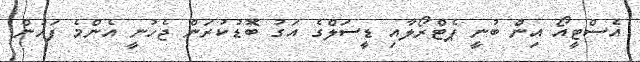
އެސްޓީއޯ އިން ބުނީ ޕެޓްރޯލާއި ޑީސަލްގެ އަގު ބޮޑުކުރަން ޖެހުނީ އެންމެ ފަހުން